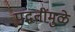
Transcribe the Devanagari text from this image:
पद्धतींमुळे